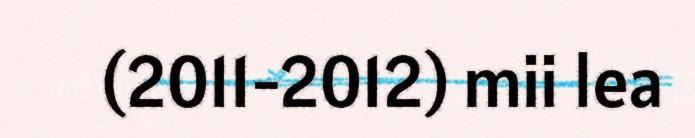
(2011-2012) mii lea